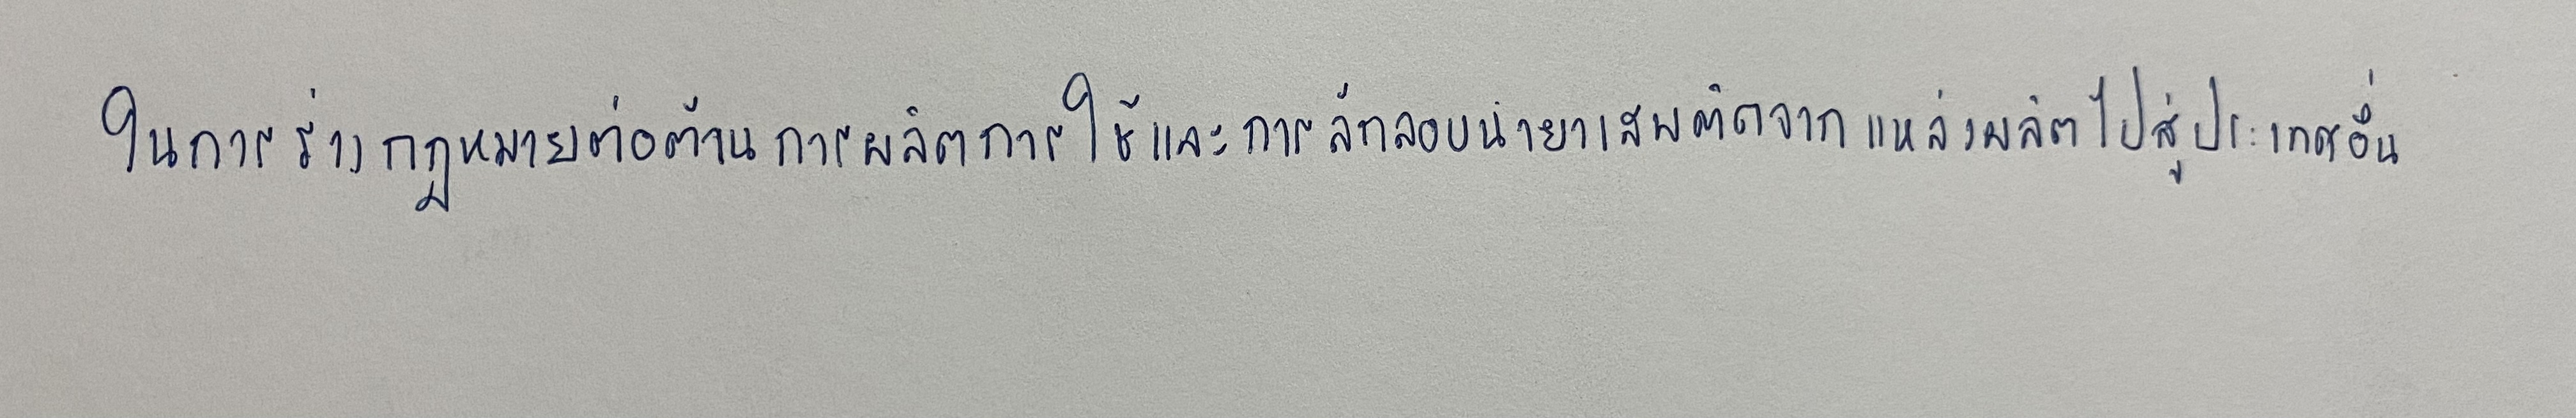
ในการร่างกฎหมายต่อต้านการผลิตการใช้และการลักลอบนำยาเสพติดจากแหล่งผลิตไปสู่ประเทศอื่น